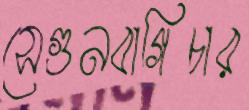
সেগুনবাগিচার